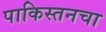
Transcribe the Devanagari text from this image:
पाकिस्तनचा